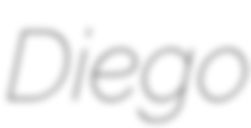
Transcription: Diego